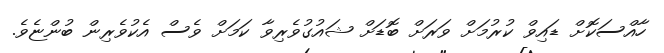
ހާއްސަކޮށް ޑައިވް ކުރުމަށް ވަރަށް ބޮޑަށް ޝައުގުވެރިވާ ކަމަށް ވެސް އެކުވެރިން ބުންޏެވެ.